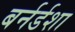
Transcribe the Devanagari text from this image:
बर्नर्डशा